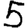
Digit: 5